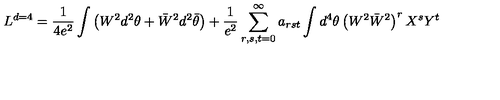
L ^ { d = 4 } = \frac { 1 } { 4 e ^ { 2 } } \int \left( W ^ { 2 } d ^ { 2 } \theta + \bar { W } ^ { 2 } d ^ { 2 } \bar { \theta } \right) + \frac { 1 } { e ^ { 2 } } \sum _ { r , s , t = 0 } ^ { \infty } a _ { r s t } \int d ^ { 4 } \theta \left( W ^ { 2 } \bar { W } ^ { 2 } \right) ^ { r } X ^ { s } Y ^ { t }